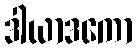
ဒါယာဒကော